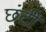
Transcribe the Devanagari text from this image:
छंटी